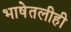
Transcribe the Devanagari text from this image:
भाषेतलीही